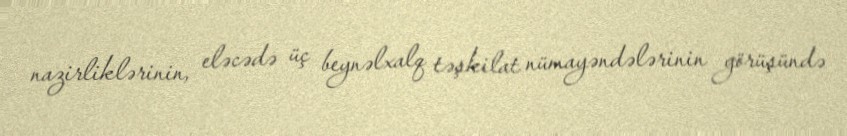
nazirliklərinin, eləcədə üç beynəlxalq təşkilat nümayəndələrinin görüşündə